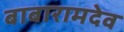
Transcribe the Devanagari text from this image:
बाबारामदेव